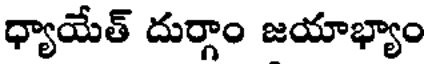
ధ్యాయేత్ దుర్గాం జయాభ్యాం